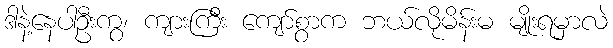
ဒါနဲ့နေပါဦးကွ၊ ကျားကြီး ကျော်စွာက ဘယ်လိုမိန်းမ မျိုးရမှာလဲ